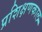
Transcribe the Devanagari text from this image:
प्रशिक्षणकाल